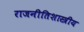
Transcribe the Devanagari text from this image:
राजनीतिशास्त्रीय